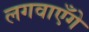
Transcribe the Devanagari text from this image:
लगवाएँगे